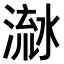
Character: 𣹭